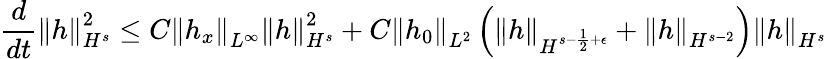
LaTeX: \frac{d}{dt}\left\| h\right\| _{H^{s}}^{2}\leq C\left\| h_{x}\right\| _{L^{\infty}}\left\| h\right\| _{H^{s}}^{2}+C\left\| h_{0}\right\| _{L^{2}}\left(\left\| h\right\| _{H^{s-\frac{1}{2}+\epsilon}}+\left\| h\right\| _{H^{s-2}}\right)\left\| h\right\| _{H^{s}}